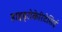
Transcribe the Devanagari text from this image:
हाइड्रोकेरिटेसिई